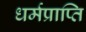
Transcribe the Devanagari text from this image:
धर्मप्राप्ति